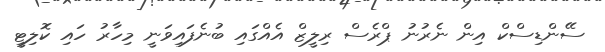
ސޭންޑިސްކް އިން ނެރުނު ޕްރެސް ރިލީޒް އެއްގައި ބުނެފައިވަނީ މިހާރު ހައި ކޮލިޓީ